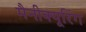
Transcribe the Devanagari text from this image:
मैनीक्यूरिंग